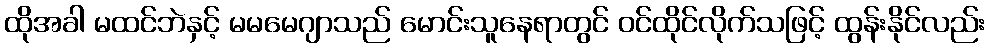
ထိုအခါ မထင်ဘဲနှင့် မမမေဂျာသည် မောင်းသူနေရာတွင် ဝင်ထိုင်လိုက်သဖြင့် ထွန်းနိုင်လည်း